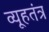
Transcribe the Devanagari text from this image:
व्यूहतंत्र